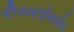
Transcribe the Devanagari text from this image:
वीरूबाईसाहेब